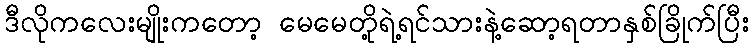
ဒီလိုကလေးမျိုးကတော့ မေမေတို့ရဲ့ရင်သားနဲ့ဆော့ရတာနှစ်ခြိုက်ပြီး